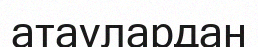
атаулардан